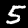
Label: 5